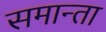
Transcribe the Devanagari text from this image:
समान्ता